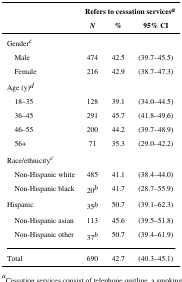
<table><thead><tr><td rowspan="2"></td><td colspan="3"><b>Refers to cessation servicesa</b></td></tr><tr><td><b><i>N</i></b></td><td><b>%</b></td><td><b>95% CI</b></td></tr></thead><tbody><tr><td colspan="4">Genderc</td></tr><tr><td> Male</td><td>474</td><td>42.5</td><td>(39.7–45.5)</td></tr><tr><td> Female</td><td>216</td><td>42.9</td><td>(38.7–47.3)</td></tr><tr><td colspan="4">Age (y)d</td></tr><tr><td> 18–35</td><td>128</td><td>39.1</td><td>(34.0–44.5)</td></tr><tr><td> 36–45</td><td>291</td><td>45.7</td><td>(41.8–49.6)</td></tr><tr><td> 46–55</td><td>200</td><td>44.2</td><td>(39.7–48.9)</td></tr><tr><td> 56+</td><td>71</td><td>35.3</td><td>(29.0–42.2)</td></tr><tr><td colspan="4">Race/ethnicityc</td></tr><tr><td> Non-Hispanic white</td><td>485</td><td>41.1</td><td>(38.4–44.0)</td></tr><tr><td> Non-Hispanic black</td><td>20b</td><td>41.7</td><td>(28.7–55.9)</td></tr><tr><td>Hispanic</td><td>35b</td><td>50.7</td><td>(39.1–62.3)</td></tr><tr><td> Non-Hispanic asian</td><td>113</td><td>45.6</td><td>(39.5–51.8)</td></tr><tr><td> Non-Hispanic other</td><td>37b</td><td>50.7</td><td>(39.4–61.9)</td></tr><tr><td>Total</td><td>690</td><td>42.7</td><td>(40.3–45.1)</td></tr></tbody></table>